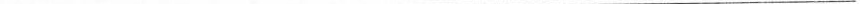
___